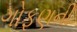
ગોફણની